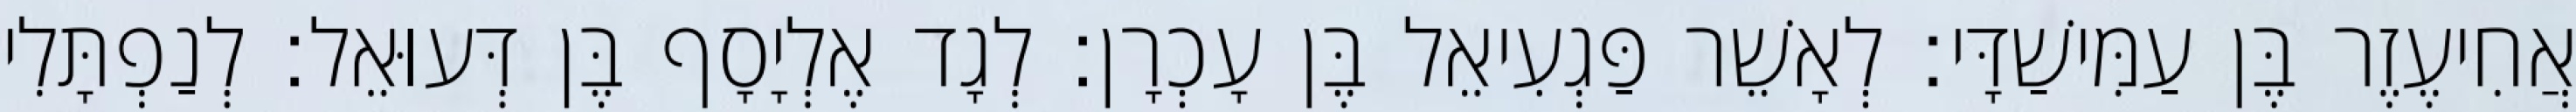
אֲחִיעֶזֶר בֶּן עַמִּישַׁדָּי׃ לְאָשֵׁר פַּגְעִיאֵל בֶּן עָכְרָן׃ לְגָד אֶלְיָסָף בֶּן דְּעוּאֵל׃ לְנַפְתָּלִי